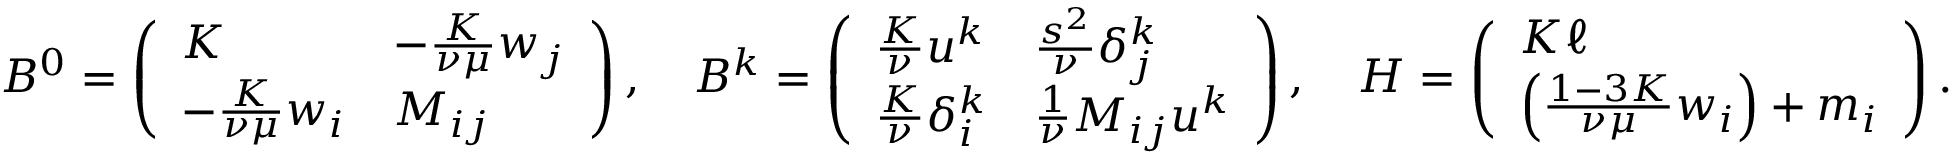
B ^ { 0 } = \left( \begin{array} { l l } { K } & { - \frac { K } { \nu \mu } w _ { j } } \\ { - \frac { K } { \nu \mu } w _ { i } } & { M _ { i j } } \end{array} \right) , \quad B ^ { k } = \left( \begin{array} { l l } { \frac { K } { \nu } u ^ { k } } & { \frac { s ^ { 2 } } { \nu } \delta _ { j } ^ { k } } \\ { \frac { K } { \nu } \delta _ { i } ^ { k } } & { \frac { 1 } { \nu } M _ { i j } u ^ { k } } \end{array} \right) , \quad H = \left( \begin{array} { l } { K \ell } \\ { \Bigl ( \frac { 1 - 3 K } { \nu \mu } w _ { i } \Bigr ) + m _ { i } } \end{array} \right) .